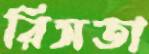
রিসতা